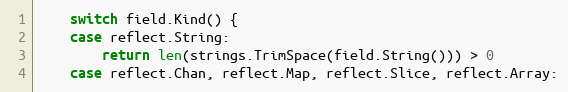
Language: Go
	switch field.Kind() {
	case reflect.String:
		return len(strings.TrimSpace(field.String())) > 0
	case reflect.Chan, reflect.Map, reflect.Slice, reflect.Array: